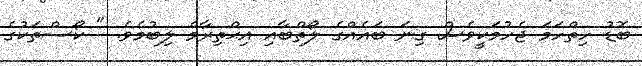
ބޮޑު ހިތްހަމަ ޖެހުމަކީވެސް ގިނަ ބައެއްގެ ލޯތްބާއި އިޙްތިރާމް ލިބުމެވެ. " ކޯސްތަކުގެ